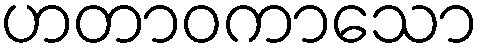
ဟတာဝကာသော